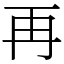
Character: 再